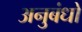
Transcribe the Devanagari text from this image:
अनुबंधो